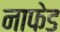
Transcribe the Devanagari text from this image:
नाफेड